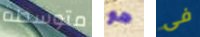
متوسطة هو فى